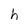
Character: h